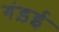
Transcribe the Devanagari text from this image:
गंड़ई